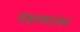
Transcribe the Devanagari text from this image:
दक्षणरंजन